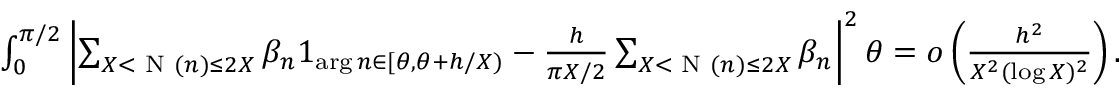
\begin{array} { r } { \int _ { 0 } ^ { \pi / 2 } \left| \sum _ { X < \textnormal { N } ( n ) \le 2 X } \beta _ { n } 1 _ { \arg n \in [ \theta , \theta + h / X ) } - \frac { h } { \pi X / 2 } \sum _ { X < \textnormal { N } ( n ) \le 2 X } \beta _ { n } \right| ^ { 2 } \d \theta = o \left( \frac { h ^ { 2 } } { X ^ { 2 } ( \log X ) ^ { 2 } } \right) . } \end{array}